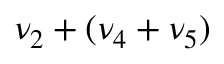
\nu _ { 2 } + ( \nu _ { 4 } + \nu _ { 5 } )